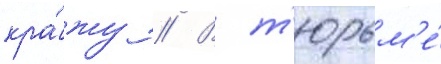
кра́жу // В т'юрьм'е́